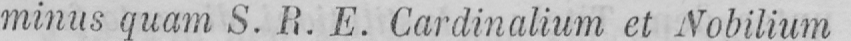
minus quam S. R. E. Cardinalium et Nobilium